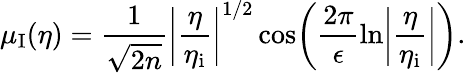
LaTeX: \mu_{\mathrm{I}}(\eta)=\frac{1}{\sqrt{2n}}\biggl\vert\frac{\eta}{\eta_{\mathrm{i}}}\biggr\vert^{1/2}\cos\biggl(\frac{2\pi}{\epsilon}\ln\biggl\vert\frac{\eta}{\eta_{\mathrm{i}}}\biggr\vert\biggr).